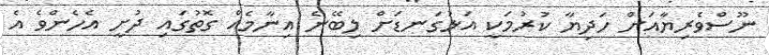
ނޫސްވެރިޔާއަށް ހަދިޔާ ކުރުމަކީ އަޅުގަނޑަށް ލިބޭނެ އިނާމެއް ގޮތުގައި ދުށީ އެހެންވެ އެ